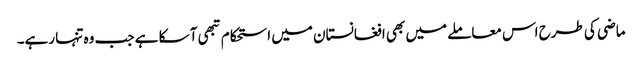
ماضی کی طرح اس معاملے میں بھی افغانستان میں استحکام تبھی آ سکا ہے جب وہ تنہا رہے۔